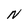
Character: N